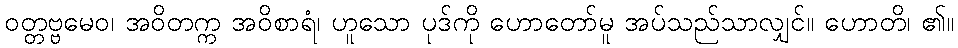
ဝတ္တဗ္ဗမေဝ၊ အဝိတက္က အဝိစာရံ၊ ဟူသော ပုဒ်ကို ဟောတော်မူ အပ်သည်သာလျှင်။ ဟောတိ၊ ၏။